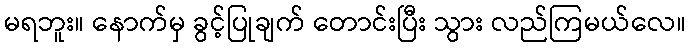
မရဘူး။ နောက်မှ ခွင့်ပြုချက် တောင်းပြီး သွား လည်ကြမယ်လေ။